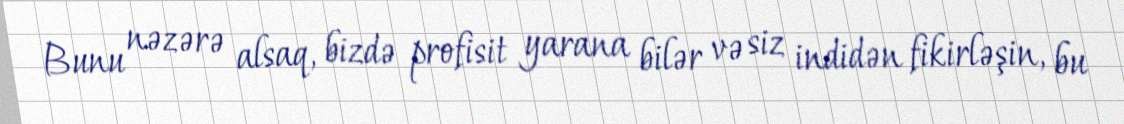
Bunu nəzərə alsaq, bizdə profisit yarana bilər və siz indidən fikirləşin, bu